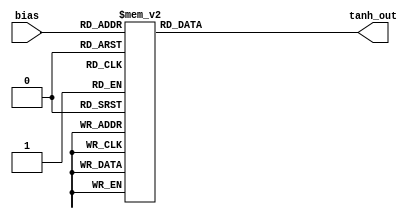
module tanh_LUT(
    input [6 : 0] bias,
    output reg [31 : 0] tanh_out
);


    always @(*) begin
        case(bias) 
            7'b1100000: tanh_out = 32'b1_0000000000000000000000111100101;
            7'b1011111: tanh_out = 32'b1_0000000000000000000001100011110;
            7'b1011110: tanh_out = 32'b1_0000000000000000000010100100011;
            7'b1011101: tanh_out = 32'b1_0000000000000000000100001111000;
            7'b1011100: tanh_out = 32'b1_0000000000000000000110111110101;
            7'b1011011: tanh_out = 32'b1_0000000000000000001011100000010;
            7'b1011010: tanh_out = 32'b1_0000000000000000010010111101110;
            7'b1011001: tanh_out = 32'b1_0000000000000000011111010000111;
            7'b1011000: tanh_out = 32'b1_0000000000000000110011100010111;
            7'b1010111: tanh_out = 32'b1_0000000000000001010100111110101;
            7'b1010110: tanh_out = 32'b1_0000000000000010001100000110110;
            7'b1010101: tanh_out = 32'b1_0000000000000011100110111111010;
            7'b1010100: tanh_out = 32'b1_0000000000000101111100110101000;
            7'b1010011: tanh_out = 32'b1_0000000000001001110011110111000;
            7'b1010010: tanh_out = 32'b1_0000000000010000001011000111001;
            7'b1010001: tanh_out = 32'b1_0000000000011010101010011110010;
            7'b1010000: tanh_out = 32'b1_0000000000101011111101000111111;
            7'b1001111: tanh_out = 32'b1_0000000001001000011101000011000;
            7'b1001110: tanh_out = 32'b1_0000000001110111011010011101001;
            7'b1001101: tanh_out = 32'b1_0000000011000100110000110101010;
            7'b1001100: tanh_out = 32'b1_0000000101000100000101110111101;
            7'b1001011: tanh_out = 32'b1_0000001000010101011110110010110;
            7'b1001010: tanh_out = 32'b1_0000001101101101001111101101001;
            7'b1001001: tanh_out = 32'b1_0000010110100000000101001010001;
            7'b1001000: tanh_out = 32'b1_0000100100110101011111010001001;
            7'b1000111: tanh_out = 32'b1_0000111100000010000000110100010;
            7'b1000110: tanh_out = 32'b1_0001100001001000001101000100000;
            7'b1000101: tanh_out = 32'b1_0010011011010110111000100010100;
            7'b1000100: tanh_out = 32'b1_0011110100001000001010100101101;
            7'b1000011: tanh_out = 32'b1_0101110101100110111000001101100;
            7'b1000010: tanh_out = 32'b1_1000100110110010101100001010010;
            7'b1000001: tanh_out = 32'b1_1100000101001101000000101011010;
            7'b0000000: tanh_out = 32'b0_0000000000000000000000000000000;
            7'b0000001: tanh_out = 32'b0_0011111010110010111111010100110;
            7'b0000010: tanh_out = 32'b0_0111011001001101010011110101110;
            7'b0000011: tanh_out = 32'b0_1010001010011001000111110010100;
            7'b0000100: tanh_out = 32'b0_1100001011110111110101011010011;
            7'b0000101: tanh_out = 32'b0_1101100100101001000111011101100;
            7'b0000110: tanh_out = 32'b0_1110011110110111110010111100000;
            7'b0000111: tanh_out = 32'b0_1111000011111101111111001011110;
            7'b0001000: tanh_out = 32'b0_1111011011001010100000101110111;
            7'b0001001: tanh_out = 32'b0_1111101001011111111010110101111;
            7'b0001010: tanh_out = 32'b0_1111110010010010110000010010111;
            7'b0001011: tanh_out = 32'b0_1111110111101010100001001101010;
            7'b0001100: tanh_out = 32'b0_1111111010111011111010001000011;
            7'b0001101: tanh_out = 32'b0_1111111100111011001111001010110;
            7'b0001110: tanh_out = 32'b0_1111111110001000100101100010111;
            7'b0001111: tanh_out = 32'b0_1111111110110111100010111101000;
            7'b0010000: tanh_out = 32'b0_1111111111010100000010111000001;
            7'b0010001: tanh_out = 32'b0_1111111111100101010101100001110;
            7'b0010010: tanh_out = 32'b0_1111111111101111110100111000111;
            7'b0010011: tanh_out = 32'b0_1111111111110110001100001001000;
            7'b0010100: tanh_out = 32'b0_1111111111111010000011001011000;
            7'b0010101: tanh_out = 32'b0_1111111111111100011001000000110;
            7'b0010110: tanh_out = 32'b0_1111111111111101110011111001010;
            7'b0010111: tanh_out = 32'b0_1111111111111110101011000001011;
            7'b0011000: tanh_out = 32'b0_1111111111111111001100011101001;
            7'b0011001: tanh_out = 32'b0_1111111111111111100000101111001;
            7'b0011010: tanh_out = 32'b0_1111111111111111101101000010010;
            7'b0011011: tanh_out = 32'b0_1111111111111111110100011111110;
            7'b0011100: tanh_out = 32'b0_1111111111111111111001000001011;
            7'b0011101: tanh_out = 32'b0_1111111111111111111011110001000;
            7'b0011110: tanh_out = 32'b0_1111111111111111111101011011101;
            7'b0011111: tanh_out = 32'b0_1111111111111111111110011100010;
            7'b0100000: tanh_out = 32'b0_1111111111111111111111000011011;

            default: tanh_out = 32'b0;
        endcase
    end

endmodule